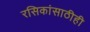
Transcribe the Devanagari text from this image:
रसिकांसाठीही